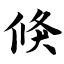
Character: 倏